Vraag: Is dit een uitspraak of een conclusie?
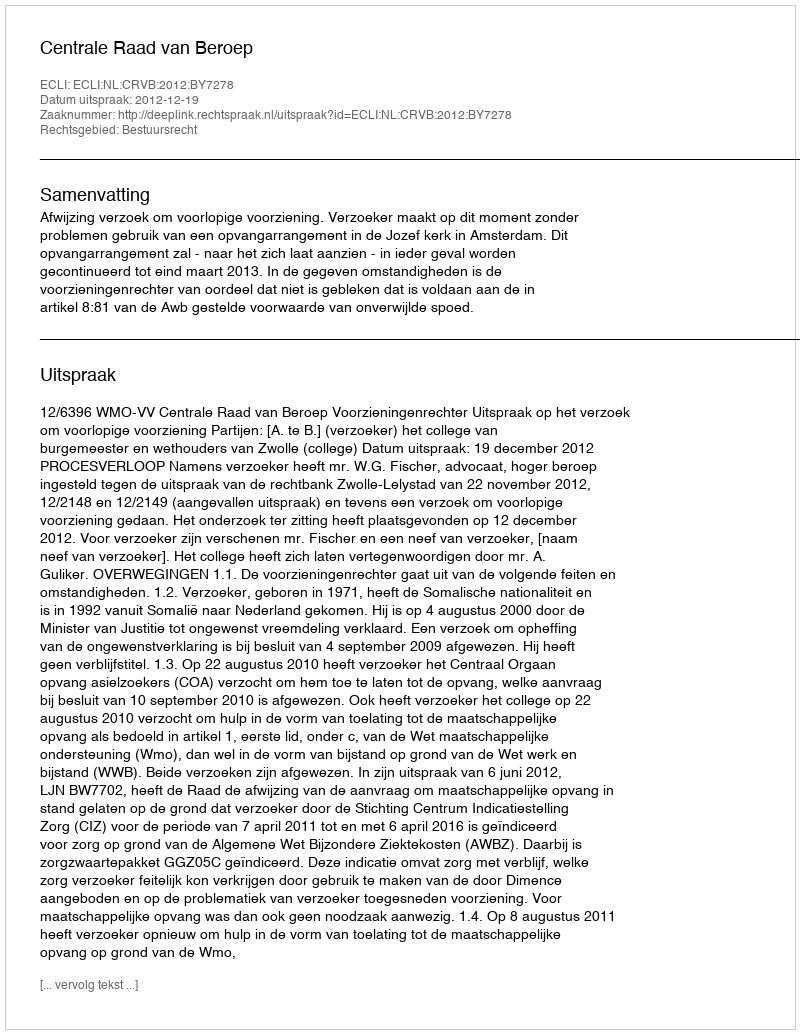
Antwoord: Uitspraak